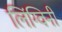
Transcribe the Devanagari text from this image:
लिंग्विनी